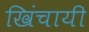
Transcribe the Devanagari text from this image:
खिंचायी